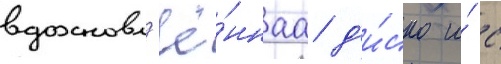
вдохновл'ё́ннаа д'и́ско и́ с